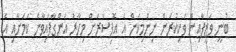
ބުނީ ވަޒީފާއިން ވަކިކުރަން ނިންމިކަން އެ އޮފިސަރަށް މިހާރު އަންގާފައިވާނެ ކަމަށާއި އެ